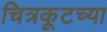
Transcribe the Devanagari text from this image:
चित्रकूटच्या